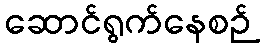
ဆောင်ရွက်နေစဉ်